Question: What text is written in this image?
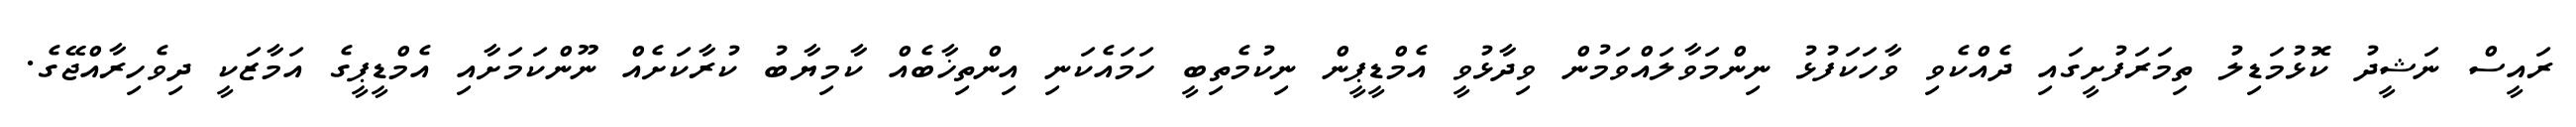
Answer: ރައީސް ނަޝީދު ކޮޅުމަޑިލު ތިމަރަފުށީގައި ދެއްކެވި ވާހަކަފުޅު ނިންމަވާލައްވަމުން ވިދާޅުވީ އެމްޑީޕީން ނިކުމެތިބީ ހަމައެކަނި އިންތިޚާބެއް ކާމިޔާބު ކުރާކަށެއް ނޫންކަމަށާއި އެމްޑީޕީގެ އަމާޒަކީ ދިވެހިރާއްޖޭގެ.